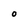
Character: O